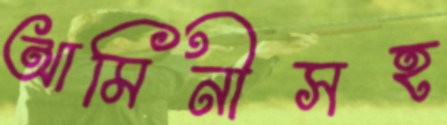
আমিনীসহ